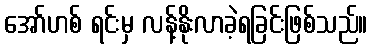
အော်ဟစ် ရင်းမှ လန့်နိုးလာခဲ့ရခြင်းဖြစ်သည်။